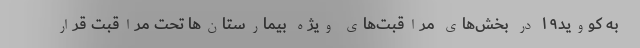
به کووید۱۹ در بخش‌های مراقبت‌های ویژه بیمارستان‌ها تحت مراقبت قرار